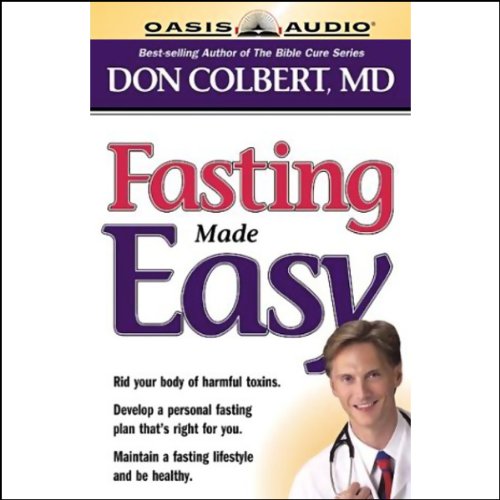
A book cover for Fasting Made Easy; Don Colbert; Health, Fitness & Dieting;